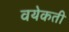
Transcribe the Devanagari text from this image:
वयेकती